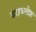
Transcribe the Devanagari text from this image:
वाइक्लेफ़